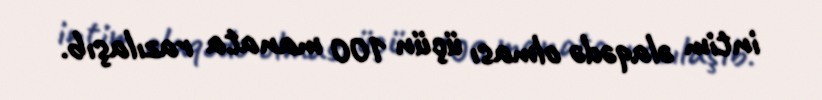
intim əlaqədə olması üçün 100 manata razılaşıb.